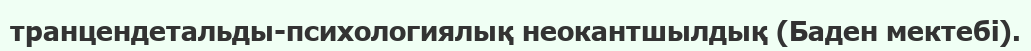
транцендетальды-психологиялық неокантшылдық (Баден мектебі).